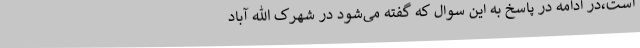
است،در ادامه در پاسخ به این سوال که گفته می‌شود در شهرک الله آباد